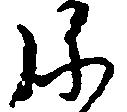
弥